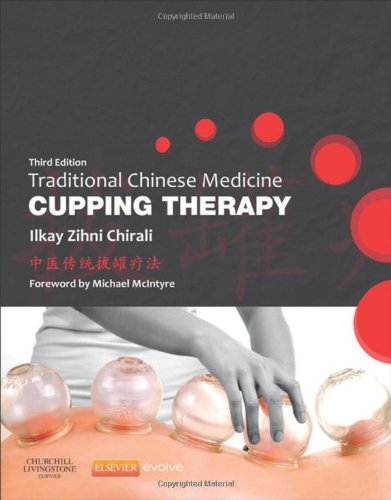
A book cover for Traditional Chinese Medicine Cupping Therapy, 3e; Ilkay Z. Chirali MBAcC  RCHM; Health, Fitness & Dieting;